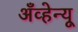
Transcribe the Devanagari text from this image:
अँव्हेन्यू